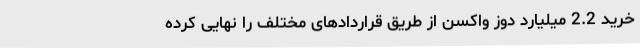
خرید 2.2 میلیارد دوز واکسن از طریق قراردادهای مختلف را نهایی کرده